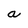
Character: a